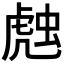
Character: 𰲦